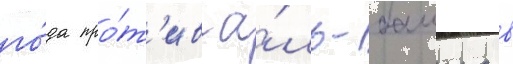
го́да про́т'ив а́ль-башира в